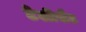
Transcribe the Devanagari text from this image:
टेलीसैट